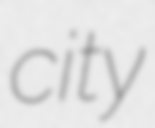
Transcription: city